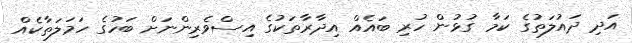
އަދި ދައުލަތުގެ ކަމާ ގުޅުން ހުރި ބައެއް އިދާރާތަކުގެ އިސްވެރިންނަށް ބަހުގެ ހަމަލަތާކެއް